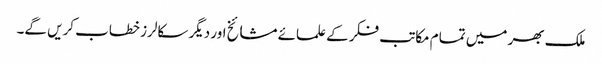
ملک بھر میں تمام مکاتب فکر کے علمائے مشائخ اور دیگر سکالرز خطاب کریں گے۔